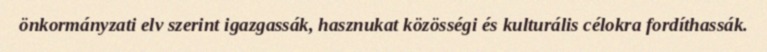
önkormányzati elv szerint igazgassák, hasznukat közösségi és kulturális célokra fordíthassák.